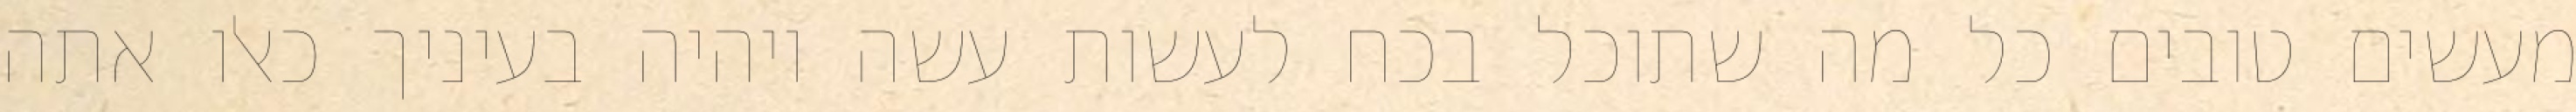
מעשים טובים כל מה שתוכל בכח לעשות עשה ויהיה בעיניך כאלו אתה